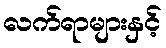
လက်ရာများနှင့်